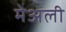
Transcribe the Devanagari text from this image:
मेअली